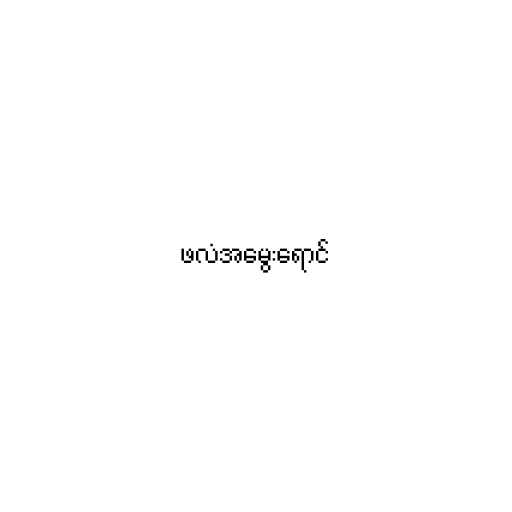
ဖလံအမွေးရောင်